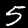
Digit: 5